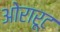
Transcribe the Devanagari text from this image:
ओरारूट